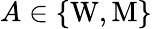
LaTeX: A\in\{ \mathrm{W},\mathrm{M}\}